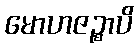
မောဟဇဉ္စာပိ